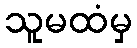
သူမထံမှ